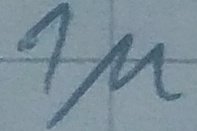
Text: 1µ